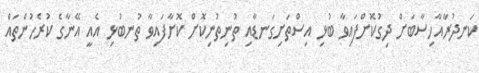
ކަނދުރާއާހިސާބަށް ދިގުކޮށްފައިވާ ބުޅި އިސްތަށިގަނޑާއި ތުނިތުނިކޮށް ކޮށާފައިވާ ތުނބުޅި އެއީ އޭނާގެ ކުރެހުންތައް